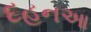
દહનઆ